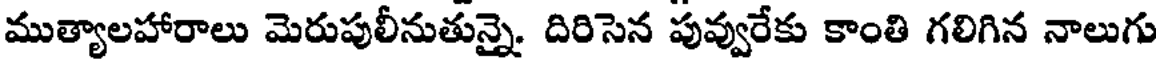
ముత్యాలహారాలు మెరుపులీనుతున్నై. దిరిసెన పువ్వురేకు కాంతి గలిగిన నాలుగు